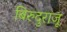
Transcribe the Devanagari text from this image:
बिरुदुराजू